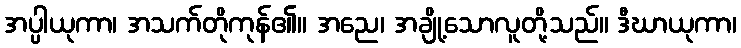
အပ္ပါယုကာ၊ အသက်တိုကုန်၏။ အညေ၊ အချို့သောလူတို့သည်။ ဒီဃာယုကာ၊